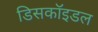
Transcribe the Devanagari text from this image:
डिसकॉइडल